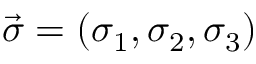
\vec { \sigma } = ( { \sigma } _ { 1 } , { \sigma } _ { 2 } , { \sigma } _ { 3 } )